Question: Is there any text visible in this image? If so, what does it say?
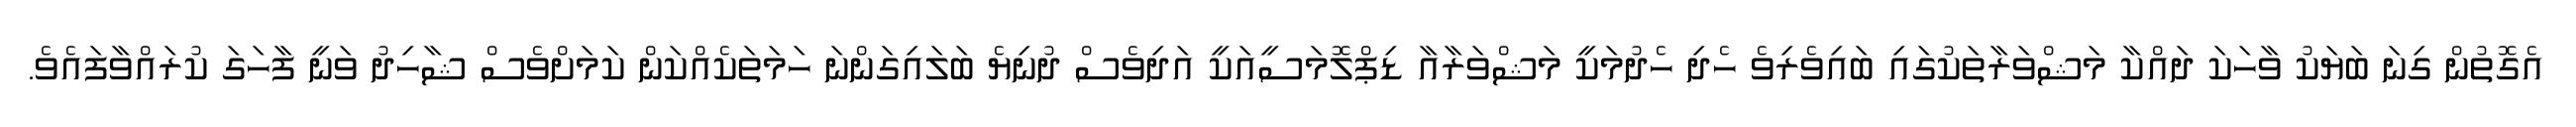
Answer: އެގޮތުން ގިނަ ބަޔަކު ވާހަކަ ދައްކާ މަޝްވަރާތަކުގައި ބައިވެރިވެ ހެދި ހެދުމަކީ މަޝްވަރާއާ ޑިޕްލޮމަސީއަކީ އަދިވެސް ދުނިޔެ ބަލައިގަންނަ ހަމަތަކެއްކަން ކަމަށްވެސް ޝާހިދު ވަނީ ފާހަގަ ކުރައްވާފައެވެ.